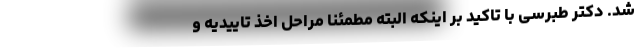
شد. دکتر طبرسی با تاکید بر اینکه البته مطمئنا مراحل اخذ تاییدیه و